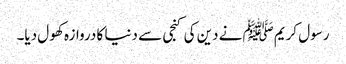
رسول کریمﷺ نے دین کی کنجی سے دنیا کا دروازہ کھول دیا۔